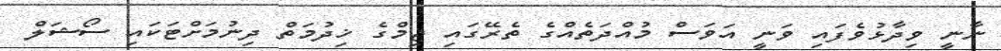
ނާނީ ވިދާޅުވެފައި ވަނީ އަވަސް މުއްދަތެއްގެ ތެރޭގައި ޖިމްގެ ޚިދުމަތް ދިނުމަށްޓަކައި ސޯޝަލް